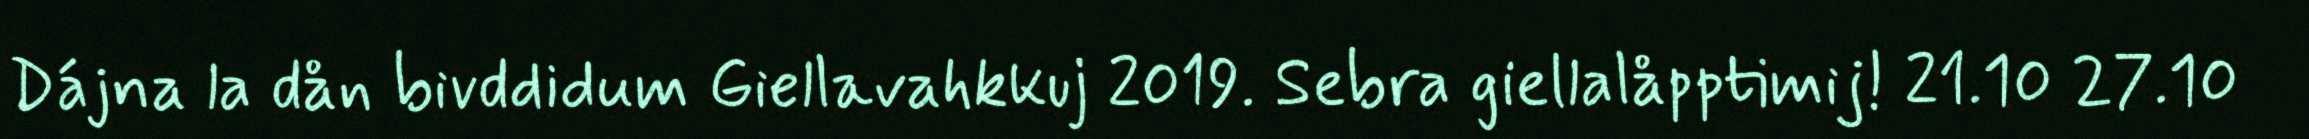
Dájna la dån bivddidum Giellavahkkuj 2019. Sebra giellalåpptimij! 21.10 27.10